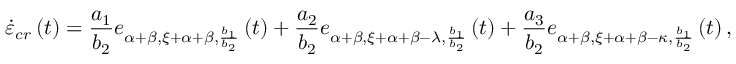
\dot { \varepsilon } _ { c r } \left( t \right) = \frac { a _ { 1 } } { b _ { 2 } } e _ { \alpha + \beta , \xi + \alpha + \beta , \frac { b _ { 1 } } { b _ { 2 } } } \left( t \right) + \frac { a _ { 2 } } { b _ { 2 } } e _ { \alpha + \beta , \xi + \alpha + \beta - \lambda , \frac { b _ { 1 } } { b _ { 2 } } } \left( t \right) + \frac { a _ { 3 } } { b _ { 2 } } e _ { \alpha + \beta , \xi + \alpha + \beta - \kappa , \frac { b _ { 1 } } { b _ { 2 } } } \left( t \right) ,